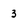
Character: 3